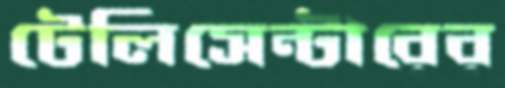
টেলিসেন্টারের